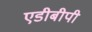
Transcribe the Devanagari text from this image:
एडीबीपी